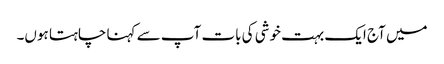
میں آج ایک بہت خوشی کی بات آپ سے کہنا چاہتا ہوں۔